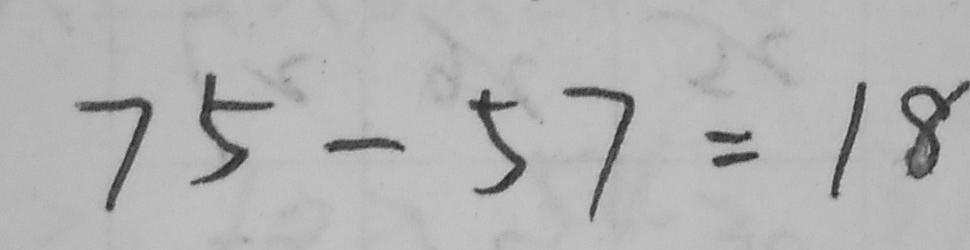
7 5 - 5 7 = 1 8